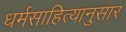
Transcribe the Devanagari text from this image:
धर्मसाहित्यानुसार